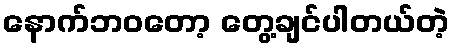
နောက်ဘဝတော့ တွေ့ချင်ပါတယ်တဲ့